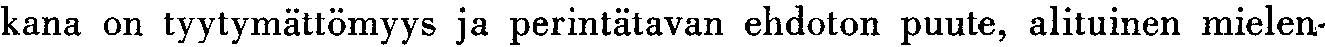
kana on tyytymättömyys ja perintätavan ehdoton puute, alituinen mielen-